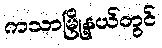
ကသာမြို့နယ်တွင်